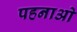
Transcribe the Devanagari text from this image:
पहनाओ